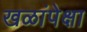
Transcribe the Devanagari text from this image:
खळांपेक्षा